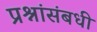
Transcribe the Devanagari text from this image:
प्रश्नांसंबधी